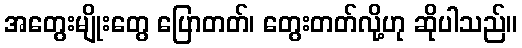
အတွေးမျိုးတွေ ပြောတတ်၊ တွေးတတ်လို့ဟု ဆိုပါသည်။